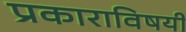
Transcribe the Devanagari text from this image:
प्रकाराविषयी